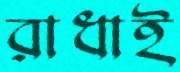
রাধাই